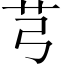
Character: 芎